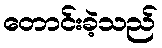
တောင်းခဲ့သည်